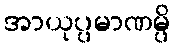
အာယုပ္ပမာဏမ္ပိ